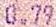
0.79